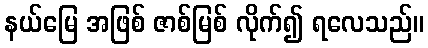
နယ်မြေ အဖြစ် ဇာစ်မြစ် လိုက်၍ ရလေသည်။